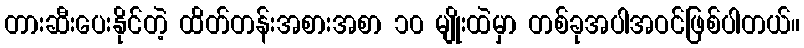
တားဆီးပေးနိုင်တဲ့ ထိတ်တန်းအစားအစာ ၁၀ မျိုးထဲမှာ တစ်ခုအပါအဝင်ဖြစ်ပါတယ်။